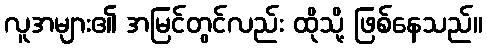
လူအများ၏ အမြင်တွင်လည်း ထိုသို့ ဖြစ်နေသည်။